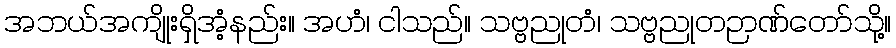
အဘယ်အကျိုးရှိအံ့နည်း။ အဟံ၊ ငါသည်။ သဗ္ဗညုတံ၊ သဗ္ဗညုတဉာဏ်တော်သို့။